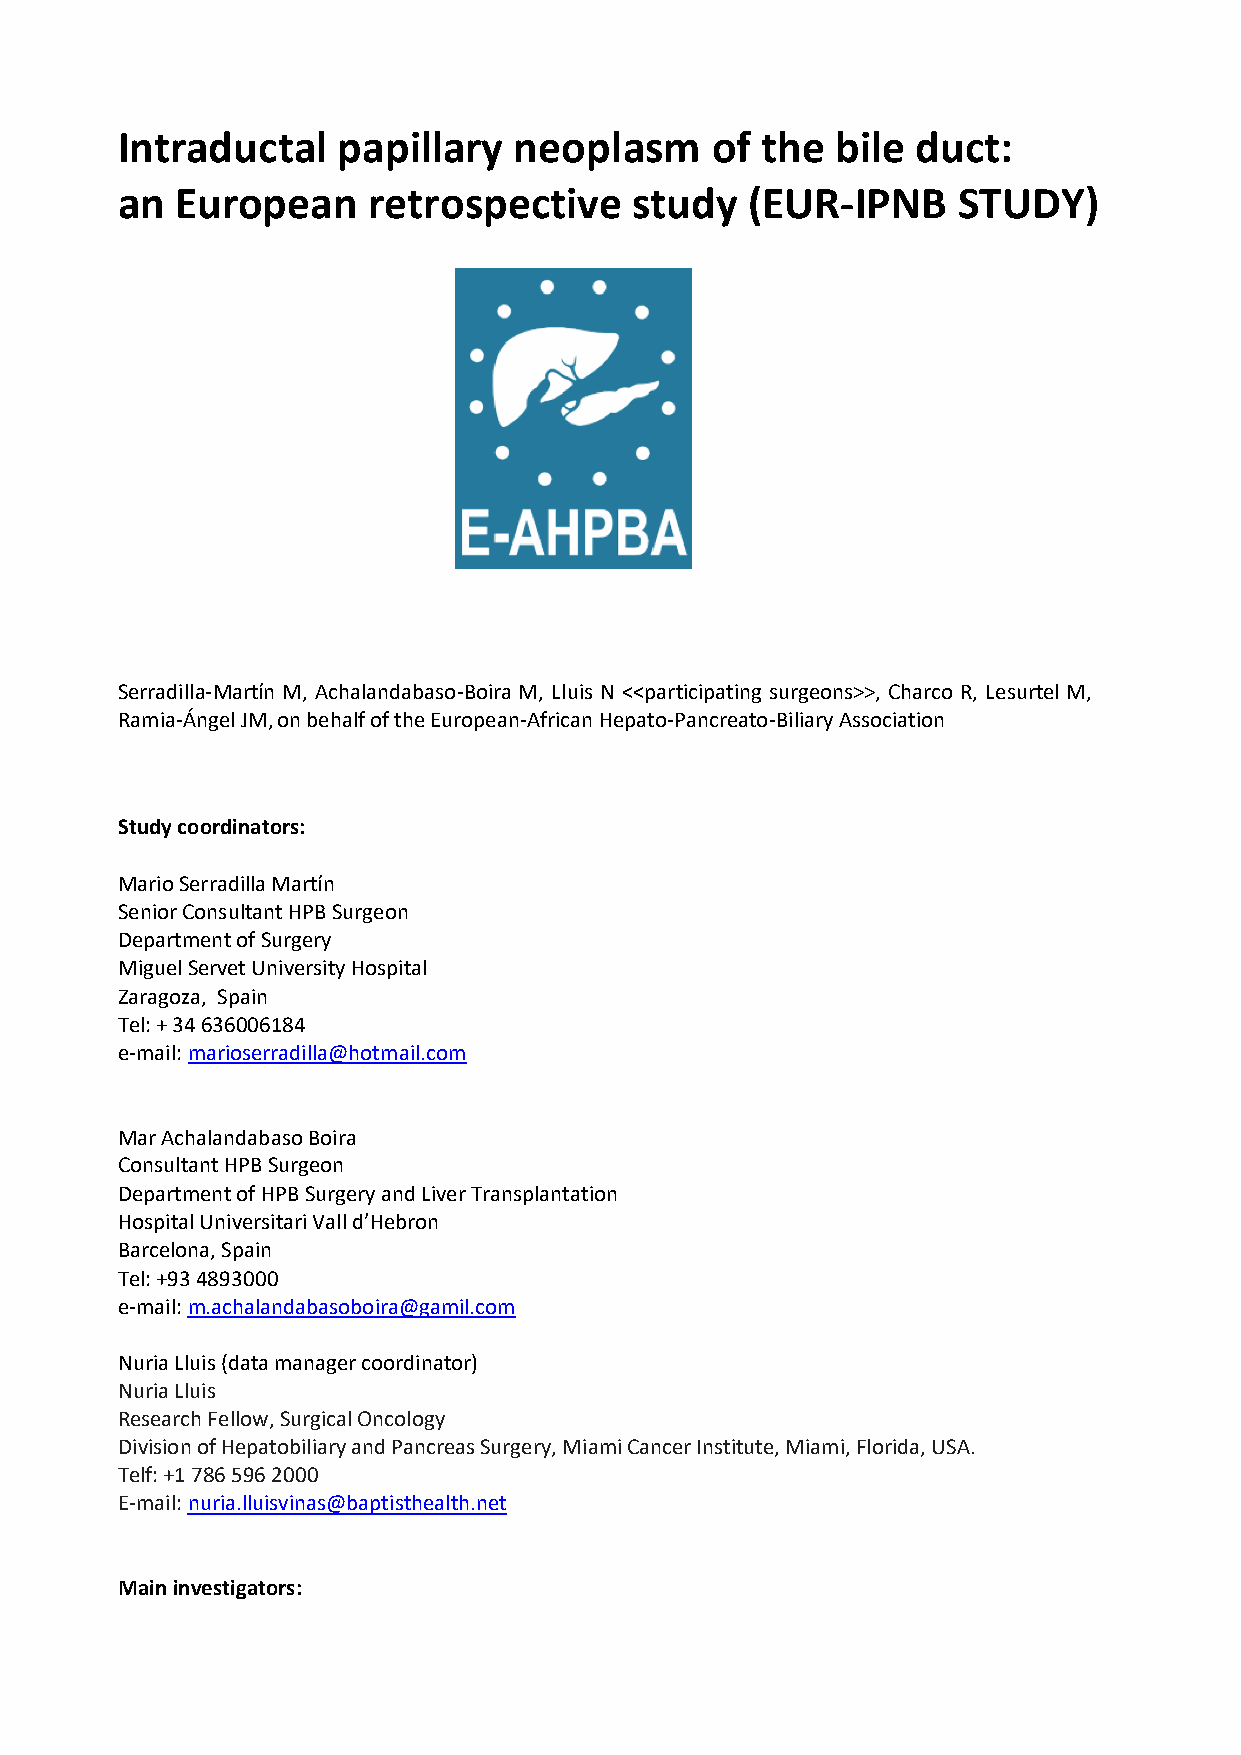
Intraductal   papillary   neoplasm     of the  bile  duct:
 an  European    retrospective     study   (EUR-IPNB    STUDY)
 Serradilla-Martín M, Achalandabaso-Boira M, Lluis N <<participating surgeons>>, Charco R, Lesurtel M,
 Ramia-Ángel JM, on behalf of the European-African Hepato-Pancreato-Biliary Association
 Study coordinators:
 Mario Serradilla Martín
 Senior Consultant HPB Surgeon
 Department of Surgery
 Miguel Servet University Hospital
 Zaragoza, Spain
 Tel: + 34 636006184
 e-mail: marioserradilla@hotmail.com
 Mar Achalandabaso Boira
 Consultant HPB Surgeon
 Department of HPB Surgery and Liver Transplantation
 Hospital Universitari Vall d’Hebron
 Barcelona, Spain
 Tel: +93 4893000
 e-mail: m.achalandabasoboira@gamil.com
 Nuria Lluis (data manager coordinator)
 Nuria Lluis
 Research Fellow, Surgical Oncology
 Division of Hepatobiliary and Pancreas Surgery, Miami Cancer Institute, Miami, Florida, USA.
 Telf: +1 786 596 2000
 E-mail: nuria.lluisvinas@baptisthealth.net
 Main investigators: